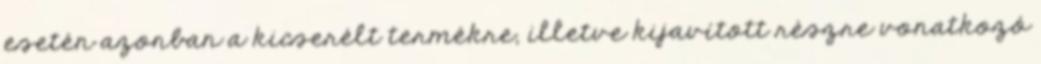
esetén azonban a kicserélt termékre, illetve kijavított részre vonatkozó